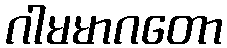
ဂါမမာဂတော